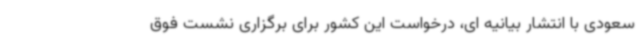
سعودی با انتشار بیانیه ای، درخواست این کشور برای برگزاری نشست فوق